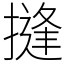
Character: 摓